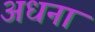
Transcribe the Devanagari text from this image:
अधना